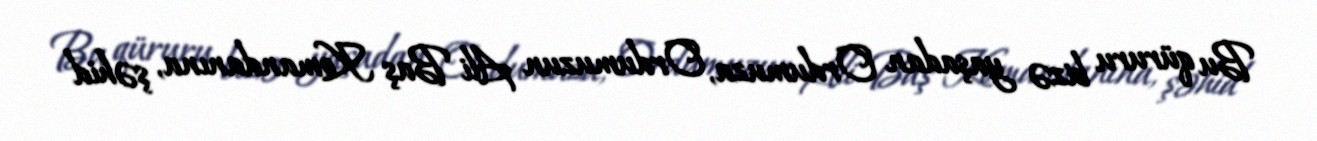
Bu qüruru bizə yaşadan Ordumuza, Ordumuzun Ali Baş Komandanına, şəhid